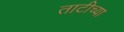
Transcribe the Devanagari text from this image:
ताटीच्या